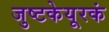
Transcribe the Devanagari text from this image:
जुष्टकेयूरकं